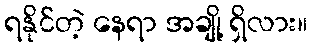
ရနိုင်တဲ့ နေရာ အချို့ ရှိလား။